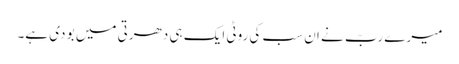
میرے ربّ نے ان سب کی روٹی ایک ہی دھرتی میں بو دی ہے۔